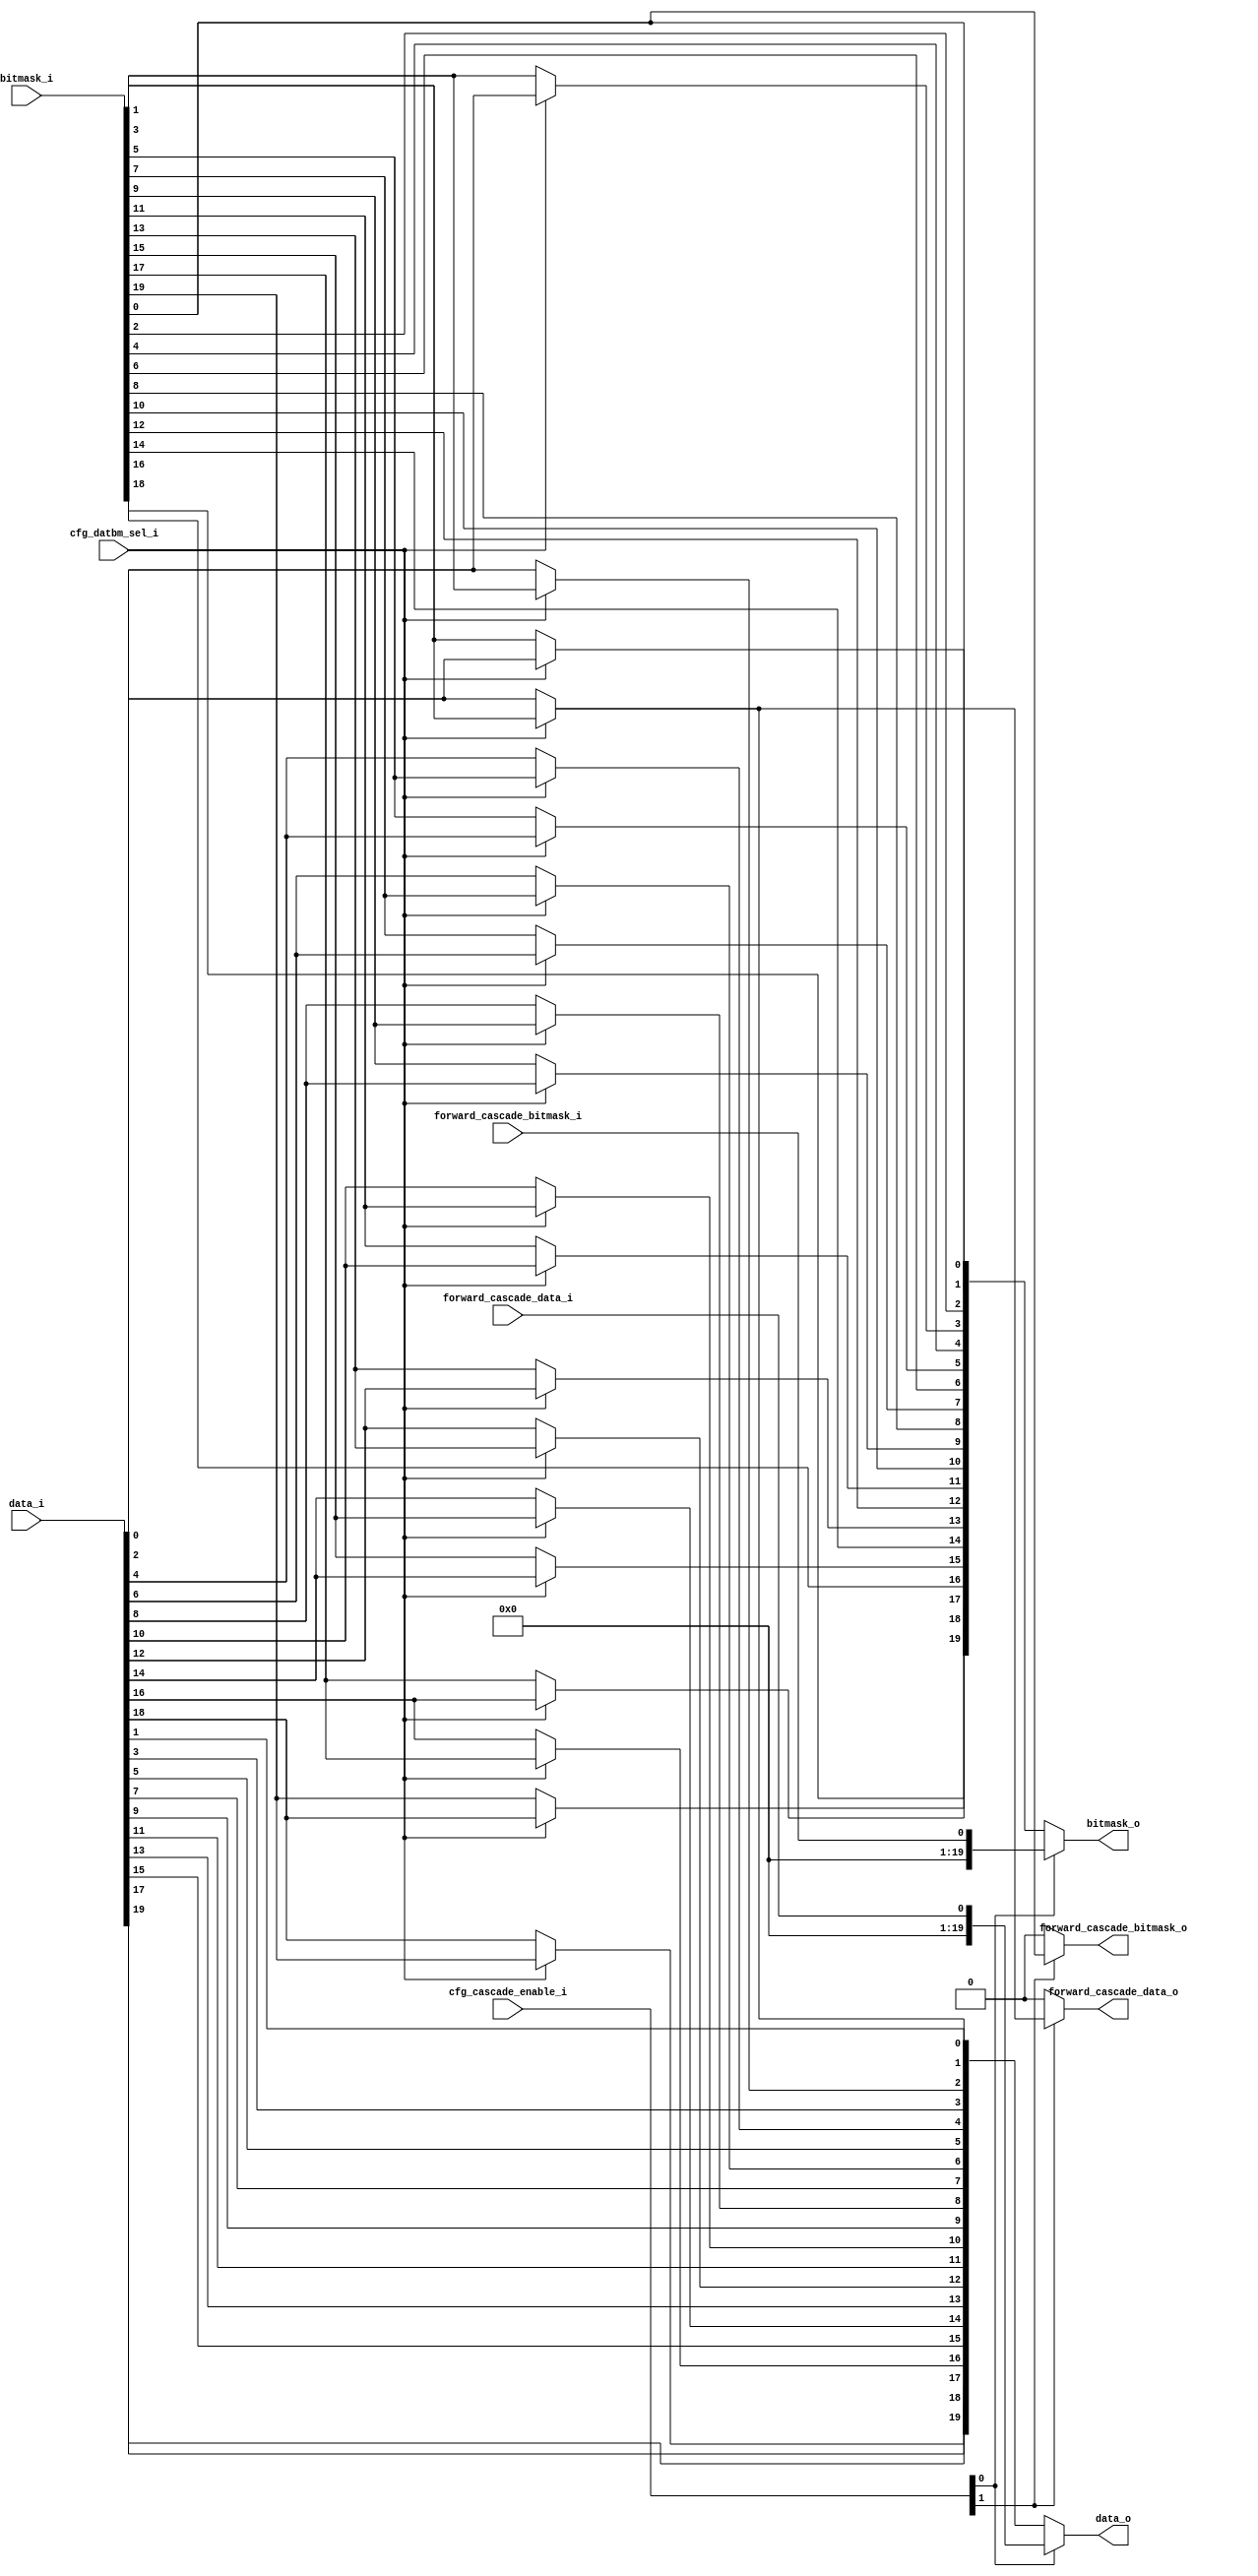
// Company           :   racyics
//
// Project Name      :   p_cc
// Subproject Name   :   s_fpga, dpsram_block_4x512x20
// Description       :   <short description>
//
// Create Date       :   
// Last Change       :   $Date: 2015-03-11 10:16:31 +0100 (Wed, 11 Mar 2015) $
// by                :   $Author: winter $
//------------------------------------------------------------

module forward_selection_datbm
  (input  wire        cfg_datbm_sel_i,
   input  wire [1:0]  cfg_cascade_enable_i,
   
   input  wire [19:0] data_i,
   input  wire [19:0] bitmask_i,
   
   output wire [19:0] data_o,
   output wire [19:0] bitmask_o,

   input  wire        forward_cascade_data_i,
   output wire        forward_cascade_data_o, 
   input  wire        forward_cascade_bitmask_i,
   output wire        forward_cascade_bitmask_o    
   );

   wire [19:0]        data;
   wire [19:0]        bitmask;
   genvar             geni;
   generate
      for(geni=0;geni<10;geni=geni+1) begin: datbm_flip
         assign bitmask[2*geni+0] = (cfg_datbm_sel_i==1'b1) ? bitmask_i[2*geni+0] : bitmask_i[2*geni+0];
         assign bitmask[2*geni+1] = (cfg_datbm_sel_i==1'b1) ? data_i[2*geni+0]    : bitmask_i[2*geni+1];
         assign data[2*geni+0]    = (cfg_datbm_sel_i==1'b1) ? bitmask_i[2*geni+1] : data_i[2*geni+0];
         assign data[2*geni+1]    = (cfg_datbm_sel_i==1'b1) ? data_i[2*geni+1]    : data_i[2*geni+1];
      end
   endgenerate

   assign bitmask_o = (cfg_cascade_enable_i[0]==1'b1) ? {19'd0,forward_cascade_bitmask_i} : // lower part of cascaded memory
                      bitmask; // upper pat of cascaded memory or no cascade
   assign data_o    = (cfg_cascade_enable_i[0]==1'b1) ? {19'd0,forward_cascade_data_i} : // lower part of cascaded memory
                      data; // upper pat of cascaded memory or no cascade
   assign forward_cascade_data_o    = (cfg_cascade_enable_i[1]==1'b1) ? data[0]    : 1'b0;
   assign forward_cascade_bitmask_o = (cfg_cascade_enable_i[1]==1'b1) ? bitmask[0] : 1'b0;
   
endmodule // forward_selection_datbm